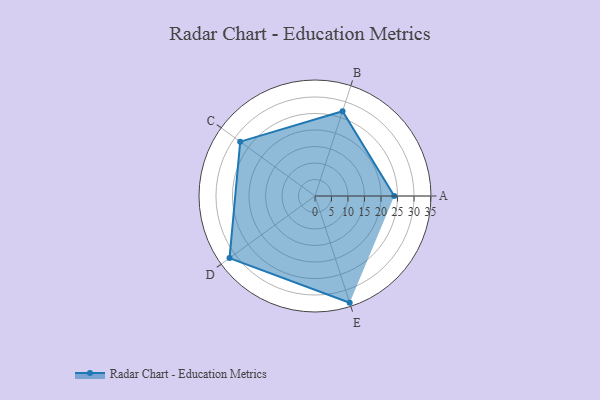
{"axis": {"x": "Skill", "y": "Score"}, "legend": ["Profile"], "data": [{"x": "A", "y": 24.0, "type": "Profile"}, {"x": "B", "y": 27.0, "type": "Profile"}, {"x": "C", "y": 28.0, "type": "Profile"}, {"x": "D", "y": 32.0, "type": "Profile"}, {"x": "E", "y": 34.0, "type": "Profile"}]}